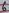
Text: 6